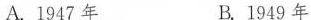
A.1947年 B.1949年